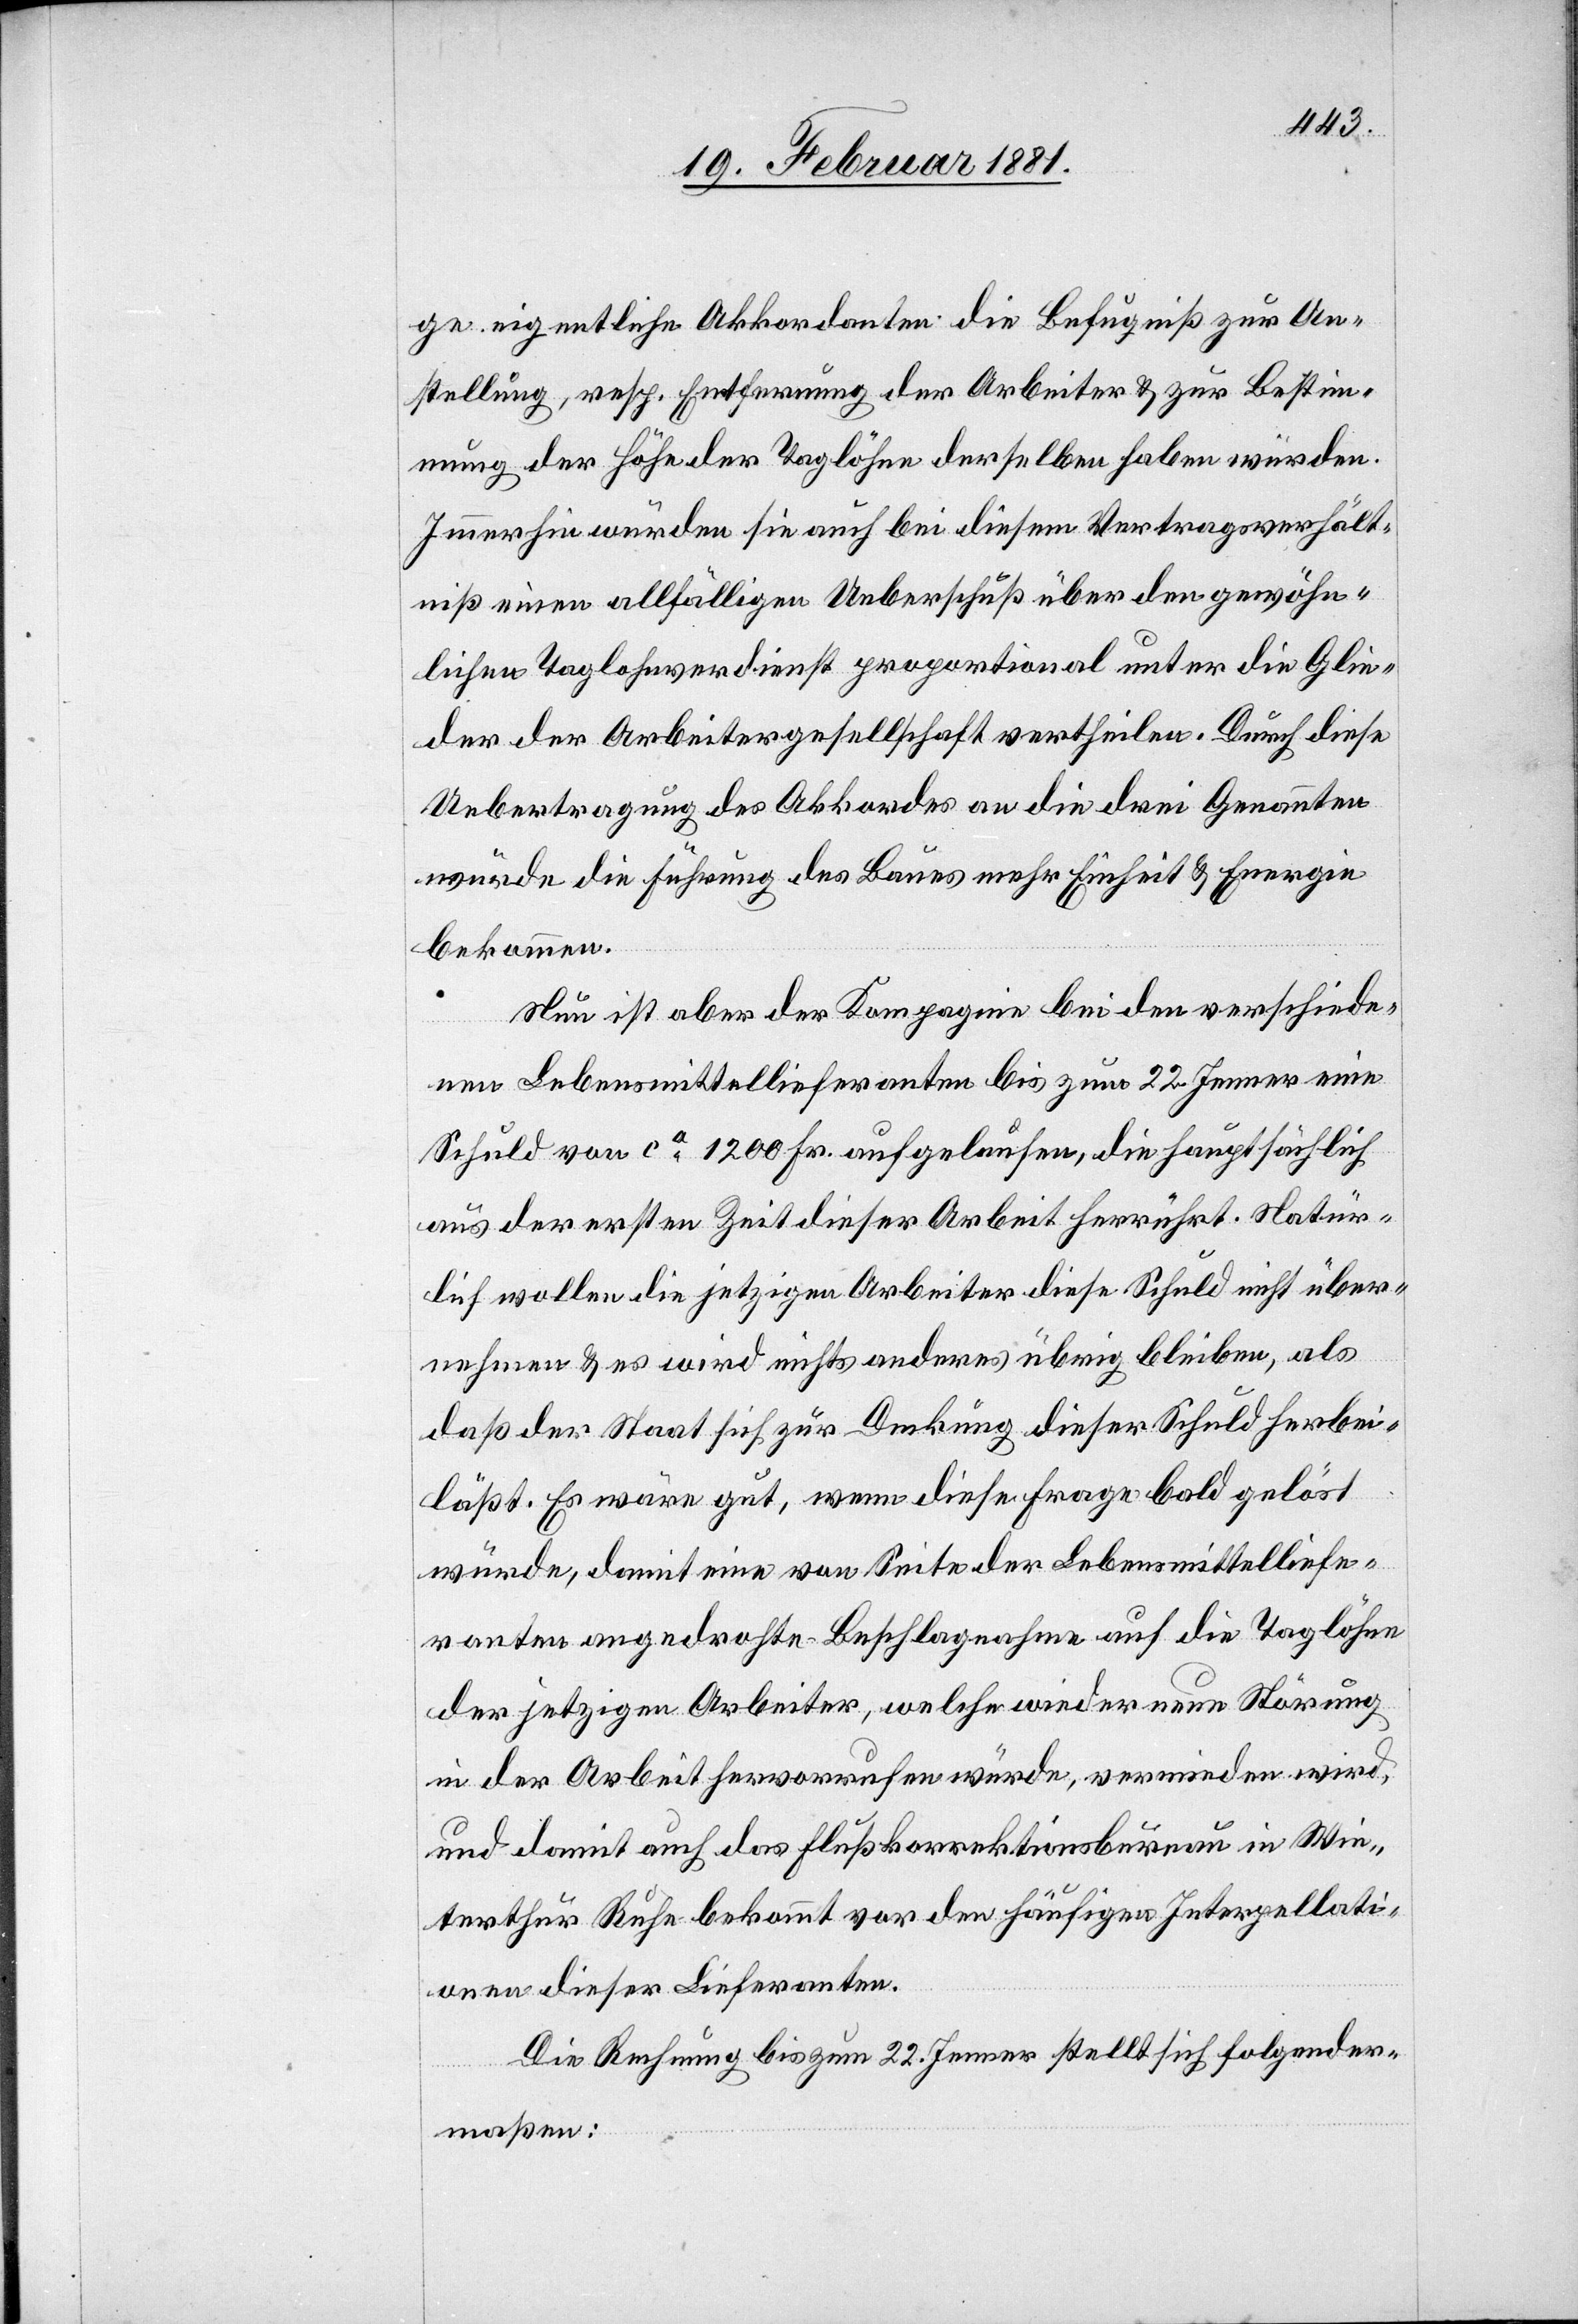
ge eigentliche Akkordanten die Befugniß zur An¬
stellung, resp. Entfernung der Arbeiter & zur Bestimm¬
ung der Höhe der Taglöhne derselben haben würden.
Immerhin würden sie auch bei diesem Vertragsverhält¬
niß einen allfälligen Ueberschuß über den gewöhn¬
lichen Taglohnverdienst proportional unter die Glie¬
der der Arbeitergesellschaft vertheilen. Durch diese
Uebertragung des Akkordes an die drei Genannten
würde die Führung des Baues mehr Einheit & Energie
bekommen.
Nun ist aber der Kompagnie bei den verschiede¬
nen Lebensmittellieferanten bis zum 22. Jenner eine
Schuld von ca 1200 Fr. aufgelaufen, die hauptsächlich
aus der ersten Zeit dieser Arbeit herrührt. Natür¬
lich wollen die jetzigen Arbeiter diese Schuld nicht über¬
nehmen & es wird nichts anderes übrig bleiben, als
daß der Staat sich zur Deckung dieser Schuld herbei¬
läßt. Es wäre gut, wenn diese Frage bald gelöst
würde, damit eine von Seite der Lebensmittelliefe¬
ranten angedrohte Beschlagnahme auf die Taglöhne
der jetzigen Arbeiter, welche wieder neue Störung
in der Arbeit hervorrufen würde, vermieden wird,
und damit auch das Flußkorrektionsbureau in Win¬
terthur Ruhe bekommt vor den häufigen Interpellati¬
onen dieser Lieferanten.
Die Rechnung bis zum 22. Jenner stellt sich folgender¬
maßen: